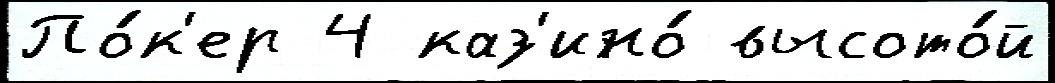
По́к'ер 4 каз'ино́ высото́й